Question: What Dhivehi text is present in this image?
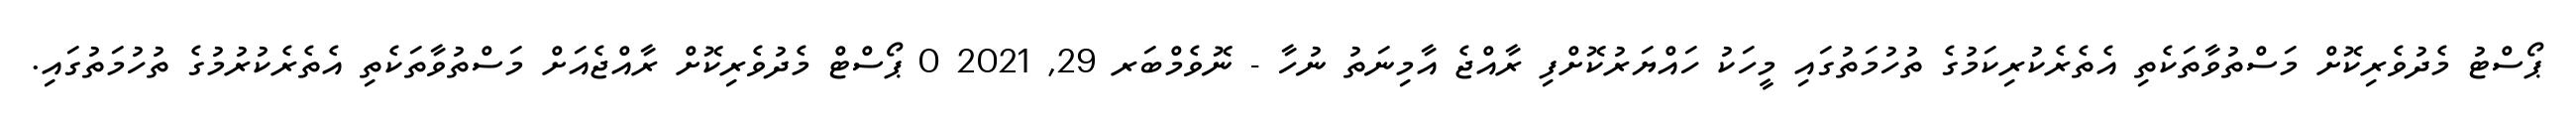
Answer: ޕޯސްޓު މެދުވެރިކޮށް މަސްތުވާތަކެތި އެތެރެކުރިކަމުގެ ތުހުމަތުގައި މީހަކު ހައްޔަރުކޮށްފި ރާއްޖެ އާމިނަތު ނުހާ - ނޮވެމްބަރ 29, 2021 0 ޕޯސްޓް މެދުވެރިކޮށް ރާއްޖެއަށް މަސްތުވާތަކެތި އެތެރެކުރުމުގެ ތުހުމަތުގައި.